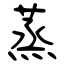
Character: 蒸